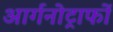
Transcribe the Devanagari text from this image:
आर्गनोट्राफों